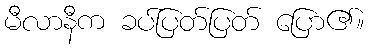
မီလာနီက ခပ်ပြတ်ပြတ် ပြော၏။